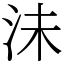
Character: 沬